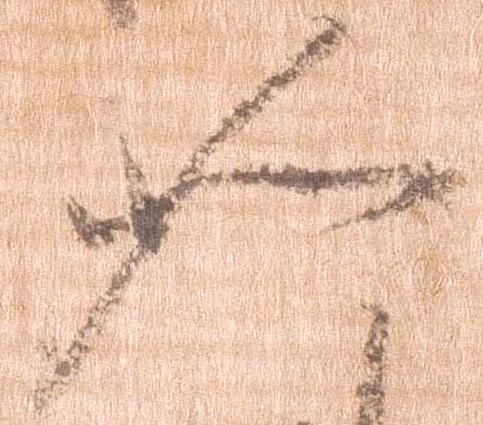
如